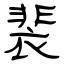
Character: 裴